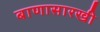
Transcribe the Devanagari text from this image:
बाणासारखी